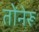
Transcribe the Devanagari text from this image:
तोंनेरू